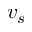
v _ { s }